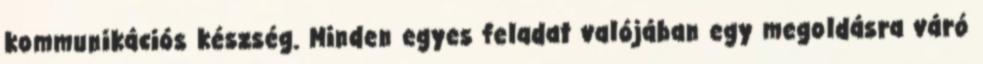
kommunikációs készség. Minden egyes feladat valójában egy megoldásra váró